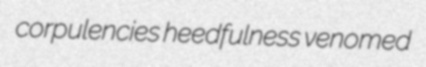
corpulencies heedfulness venomed